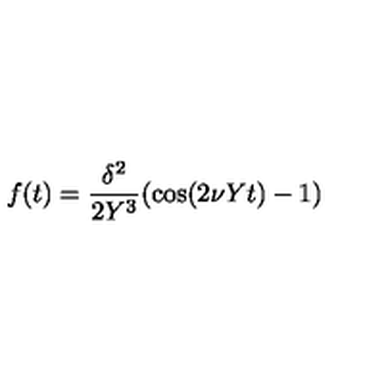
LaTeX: f ( t ) = { \frac { \delta ^ { 2 } } { 2 Y ^ { 3 } } } ( \cos ( 2 \nu Y t ) - 1 )